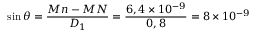
\sin \theta = \frac { M n - M N } { D _ { 1 } } = \frac { 6 , 4 \times 1 0 ^ { - 9 } } { 0 , 8 } = 8 \times 1 0 ^ { - 9 }